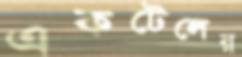
একটেলের